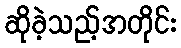
ဆိုခဲ့သည့်အတိုင်း